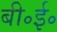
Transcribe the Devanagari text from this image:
बी॰ई॰